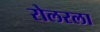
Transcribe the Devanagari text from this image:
रोलरला